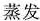
蒸发